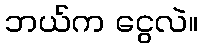
ဘယ်က ငွေလဲ။